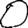
Digit: 0